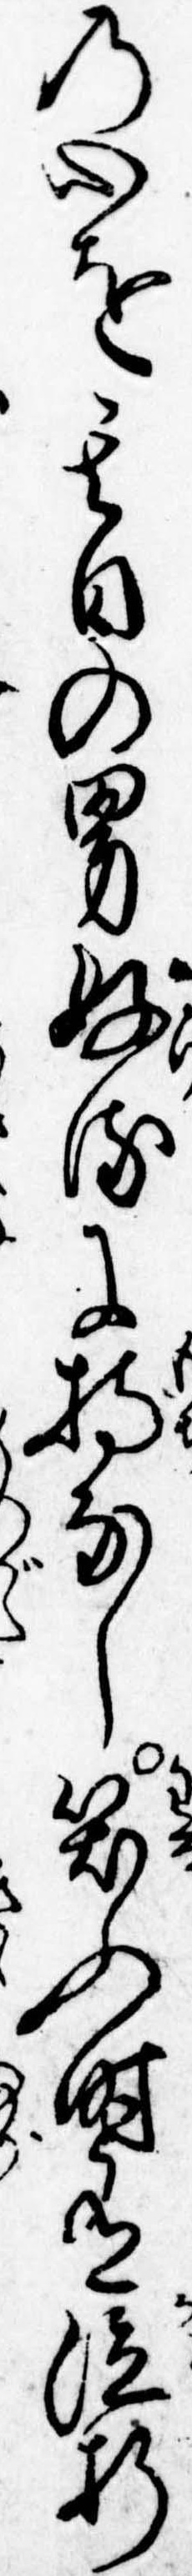
の心を其日の男好るに持なし笑ふ時有泣折